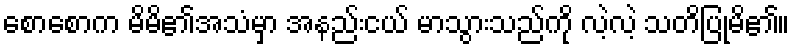
စောစောက မိမိ၏အသံမှာ အနည်းငယ် မာသွားသည်ကို လဲ့လဲ့ သတိပြုမိ၏။